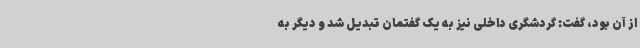
از آن بود، گفت: گردشگری داخلی نیز به یک گفتمان تبدیل شد و دیگر به